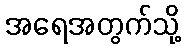
အရေအတွက်သို့